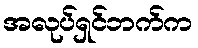
အလုပ်ရှင်ဘက်က